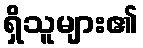
ရှိသူများ၏